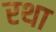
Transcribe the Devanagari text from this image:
रथा